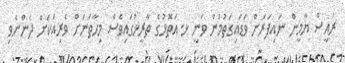
ރައީސް ޔާމީން ނައިފަރަށް ވަޑައިގަތުމުން ވަނީ ޅ.އަތޮޅުގެ ތާރީޚުގައިވެސް މިހާތަނަށް ވެރިއަކަށް ދެންނެވި